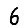
Digit: 6